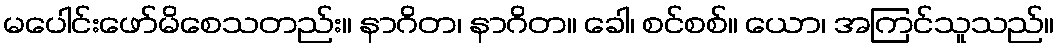
မပေါင်းဖော်မိစေသတည်း။ နာဂိတ၊ နာဂိတ။ ခေါ၊ စင်စစ်။ ယော၊ အကြင်သူသည်။